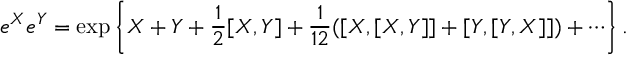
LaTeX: e ^ { X } e ^ { Y } = \exp \left\{ X + Y + { \frac { 1 } { 2 } } [ X , Y ] + { \frac { 1 } { 1 2 } } ( [ X , [ X , Y ] ] + [ Y , [ Y , X ] ] ) + \cdots \right\} .